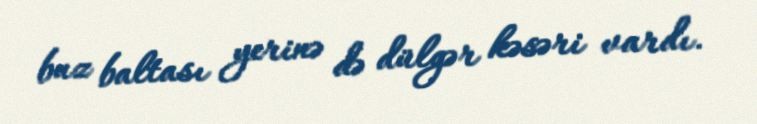
buz baltası yerinə də dülgər kəsəri vardı.